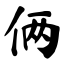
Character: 俩